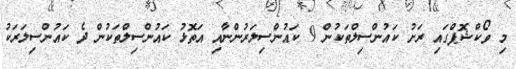
މި ވޯކްޝޮޕްގައި ރަށު ކައުންސިލްތަކުން 9 ކައުންސިލަރުންނާއި އަތޮޅު ކައުންސިލްތަކުން ދެ ކައުންސިލަރަކު